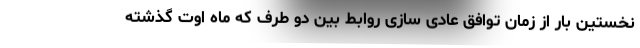
نخستین بار از زمان توافق عادی سازی روابط بین دو طرف که ماه اوت گذشته